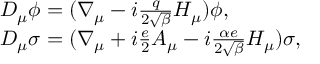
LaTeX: \begin{array} { l l } { { D _ { \mu } \phi = ( \nabla _ { \mu } - i \frac { q } { 2 \sqrt { \beta } } H _ { \mu } ) \phi , } } \\ { { D _ { \mu } \sigma = ( \nabla _ { \mu } + i \frac { e } { 2 } A _ { \mu } - i \frac { \alpha e } { 2 \sqrt { \beta } } H _ { \mu } ) \sigma , } } \end{array}